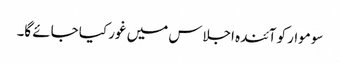
سوموار کو آئندہ اجلاس میں غور کیا جائے گا۔